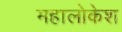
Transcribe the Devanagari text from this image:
महालोकेश